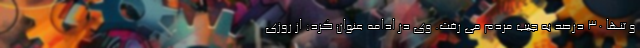
و تنها ۳۰ درصد به جیب مردم می رفت. وی در ادامه عنوان کرد: از روزی